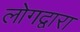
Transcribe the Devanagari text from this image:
लोगद्वारा